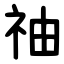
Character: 䄂